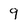
Character: 9